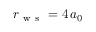
r _ { \mathrm { ~ w ~ s ~ } } = 4 \, a _ { 0 }